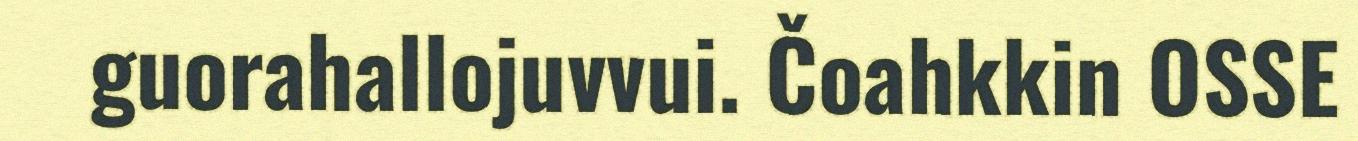
guorahallojuvvui. Čoahkkin OSSE